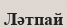
Ләтпай